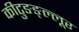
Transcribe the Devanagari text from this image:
कीटुङङ्ल्लूर